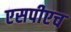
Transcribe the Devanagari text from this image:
एसपीएच